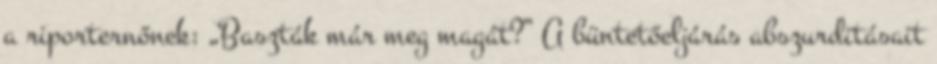
a riporternőnek: „Baszták már meg magát?” A büntetőeljárás abszurditásait